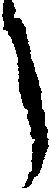
う